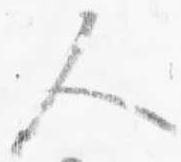
人